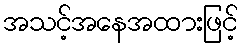
အသင့်အနေအထားဖြင့်